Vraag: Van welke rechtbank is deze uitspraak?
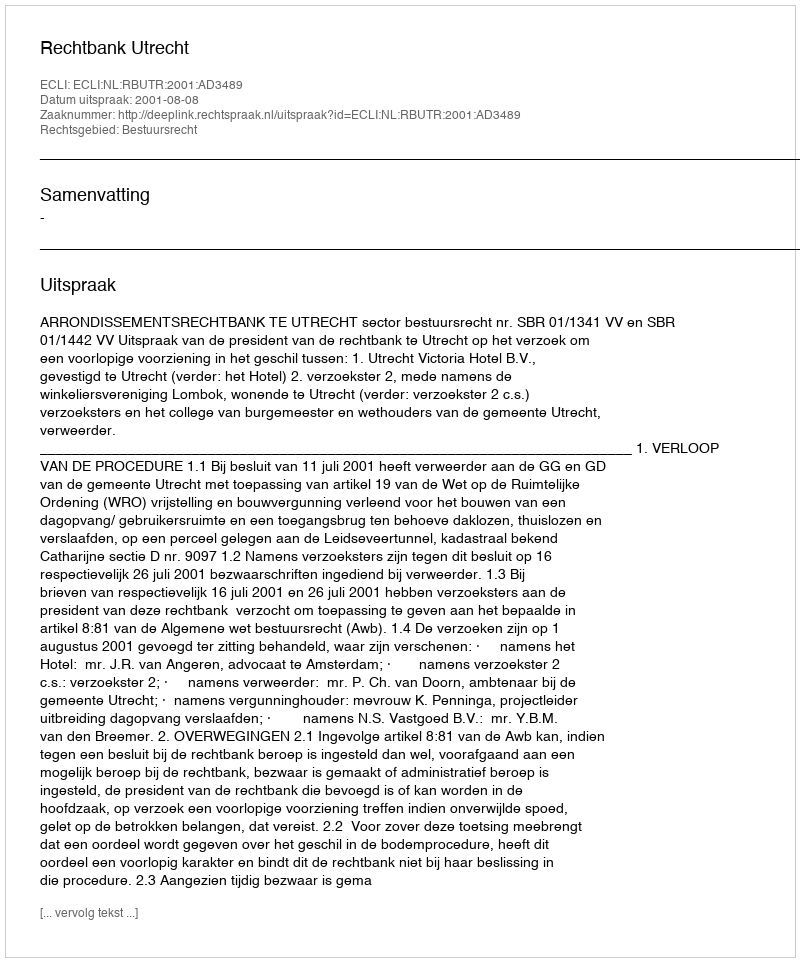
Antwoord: Rechtbank Utrecht